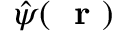
\hat { \psi } ( \mathrm { ~ \bf ~ r ~ } )